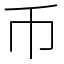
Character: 币